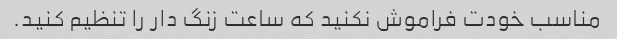
مناسب خودت فراموش نکنید که ساعت زنگ دار را تنظیم کنید.